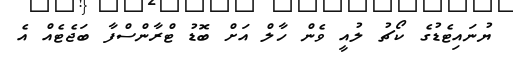
ޔުނައިޓެޑުގެ ކޯޗު ލުއީ ވެން ހާލް އަށް ބޮޑު ޓްރާންސްފާ ބަޖެޓެއް އެ